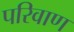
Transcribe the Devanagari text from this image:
परिवाण